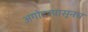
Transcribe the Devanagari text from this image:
अगोदरपासूनच